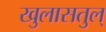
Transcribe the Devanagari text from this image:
खुलासतुल्